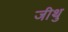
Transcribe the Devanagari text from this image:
जीथु